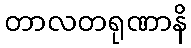
တာလတရုဏာနိ